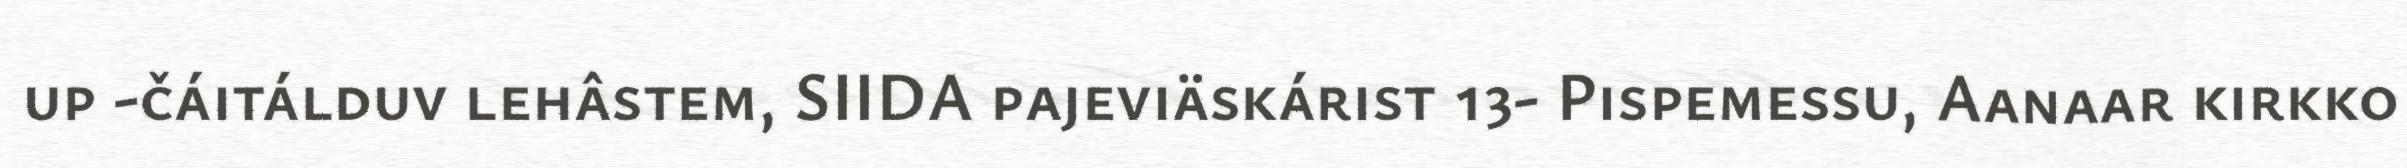
up -čáitálduv lehâstem, SIIDA pajeviäskárist 13- Pispemessu, Aanaar kirkko